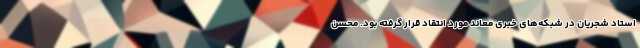
استاد شجریان در شبکه‌های خبری معاند مورد انتقاد قرار گرفته بود. محسن